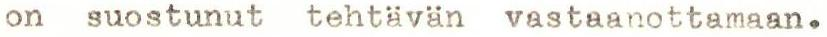
on suostunut tehtävän vastaanottamaan.